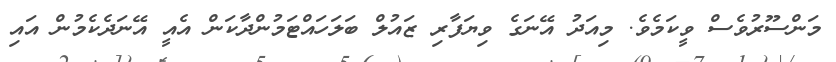
މަންސޫރުވެސް ވީކަމެވެ. މިއަދު އޭނަގެ ވިޔަފާރި ޒައުލް ބަލަހައްޓަމުންދާކަން އެއީ އޭނަދެކެމުން އައި